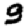
Digit: 9